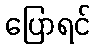
ပြောရင်